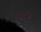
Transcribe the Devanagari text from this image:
नाईमे